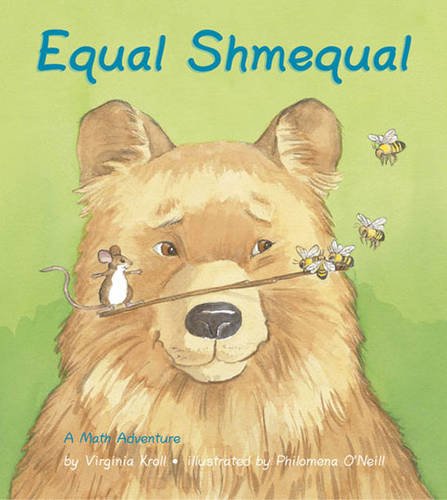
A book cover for Equal Shmequal; Virginia Kroll; Children's Books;